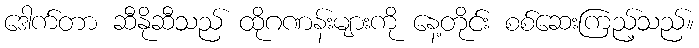
ဒေါက်တာ ဆီနိုဆီသည် ထိုဂဏန်းများကို နေ့တိုင်း စစ်ဆေးကြည့်သည်။